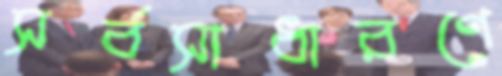
সর্বসাধারণে